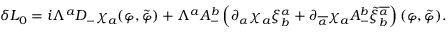
\delta L _ { 0 } = i \Lambda ^ { a } D _ { - } \chi _ { a } ( \varphi , \tilde { \varphi } ) + \Lambda ^ { a } A _ { - } ^ { b } \left( \partial _ { \alpha } \chi _ { a } \xi _ { b } ^ { \alpha } + \partial _ { \overline { { { \alpha } } } } \chi _ { a } A _ { - } ^ { b } \tilde { \xi } _ { b } ^ { \overline { { { \alpha } } } } \right) ( \varphi , \tilde { \varphi } ) .